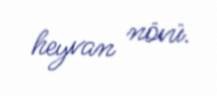
heyvan növü.